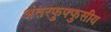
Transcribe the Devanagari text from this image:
अंतरफुफ्फुसीय